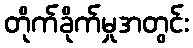
တိုက်ခိုက်မှုအတွင်း